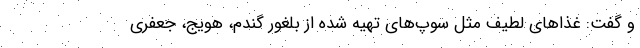
و گفت: غذاهای لطیف مثل سوپ‌های تهیه شده از بلغور گندم، هویج، جعفری